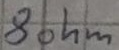
Text: 8ohm